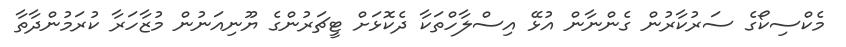
މެކްސިކޯގެ ސަރުކާރުން ގެންނާން އުޅޭ އިސްލާހްތަކާ ދެކޮޅަށް ޓީޗަރުންގެ ޔޫނިއަނުން މުޒާހަރާ ކުރަމުންދާތާ